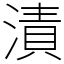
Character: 漬